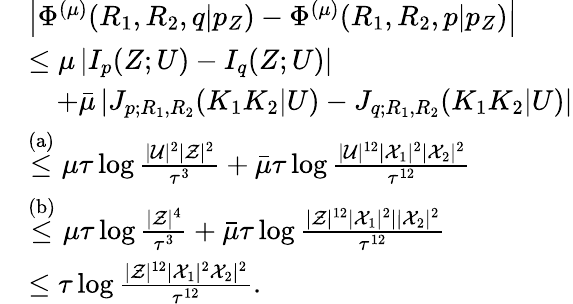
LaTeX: \begin{array}{rl}&{\left|\Phi^{(\mu)}(R_{1},R_{2},q|p_{Z})-\Phi^{(\mu)}(R_{1},R_{2},p|p_{Z})\right|}\\ &{\leq\mu\left|I_{p}(Z;U)-I_{q}(Z;U)\right|}\\ &{\quad+\bar{\mu}\left|J_{p;R_{1},R_{2}}(K_{1}K_{2}|U)-J_{q;R_{1},R_{2}}(K_{1}K_{2}|U)\right|}\\ &{\stackrel{\mathrm{(a)}}{\leq}{\mu}\tau\log\frac{|{\cal U}|^{2}|{\cal Z}|^{2}}{\tau^{3}}+\bar{\mu}\tau\log\frac{|{\cal U}|^{12}|{\cal X}_{1}|^{2}|{\cal X}_{2}|^{2}}{\tau^{12}}}\\ &{\stackrel{\mathrm{(b)}}{\leq}{\mu}\tau\log\frac{|{\cal Z}|^{4}}{\tau^{3}}+\bar{\mu}\tau\log\frac{|{\cal Z}|^{12}|{\cal X}_{1}|^{2}||{\cal X}_{2}|^{2}}{\tau^{12}}}\\ &{\leq\tau\log\frac{|{\cal Z}|^{12}|{\cal X}_{1}|^{2}{\cal X}_{2}|^{2}}{\tau^{12}}.}\end{array}